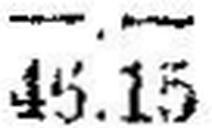
45.15